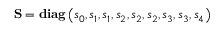
\mathbf { S } = \mathbf { d i a g } \left( s _ { 0 } , s _ { 1 } , s _ { 1 } , s _ { 2 } , s _ { 2 } , s _ { 2 } , s _ { 3 } , s _ { 3 } , s _ { 4 } \right)